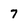
Character: 7